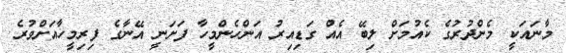
މާނައަކީ މެންދުރުގެ ކެއުމަށް ލިބޭ އެއް ގަޑިއިރު އަންހެންމީހާ ފަށަނީ އޭނާގެ ފިރިމީހާއަށްވުރެ